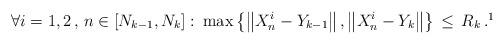
LaTeX: \begin{align*} \forall i=1,2\,,\,n \in [N_{k-1},N_k] :\:\max \left\{\left\| X^i_n - Y_{k-1} \right\| , \left\| X^i_n - Y_k \right\|\right\}\, \leq \,R_{k} \, .\footnote{Unless stated otherwise, the notation $\| \cdot \|$ is used to denote the${\ell}_{\infty}$norm.}\end{align*}